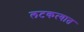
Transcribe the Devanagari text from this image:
लटकत्यात